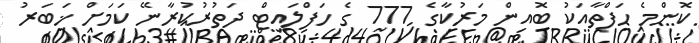
ކޮންމެ ހަފްތާއަކު ބޮއިން މަރުކާގެ 777 ގެ ހަފްލައިޓް ދަތުރުކުރާނޭ ކަމަށް ޚަބަރު